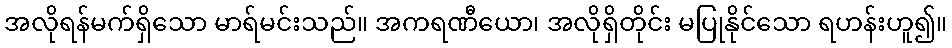
အလိုရန်မက်ရှိသော မာရ်မင်းသည်။ အကရဏီယော၊ အလိုရှိတိုင်း မပြုနိုင်သော ရဟန်းဟူ၍။